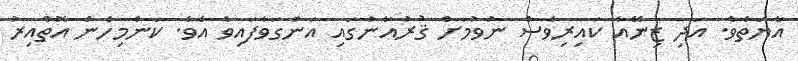
އާޔަތެވެ. އަދި ޒިނޭއާ ކައިރިވެސް ނުވުމަށް ޤުރުއާނުގައި އަންގަވާފައިވެ އެވެ. ކަންމިހެން އޮތްއިރު